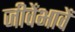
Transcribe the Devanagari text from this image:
जीवेंभावें